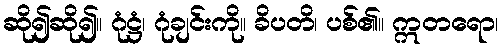
ဆို၍ဆို၍။ ဂုံဋ္ဌံ၊ ဂုံချင်းကို။ ခိပတိ၊ ပစ်၏။ ဣတရော၊